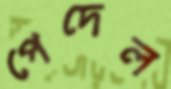
পেদেল